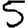
Digit: 5